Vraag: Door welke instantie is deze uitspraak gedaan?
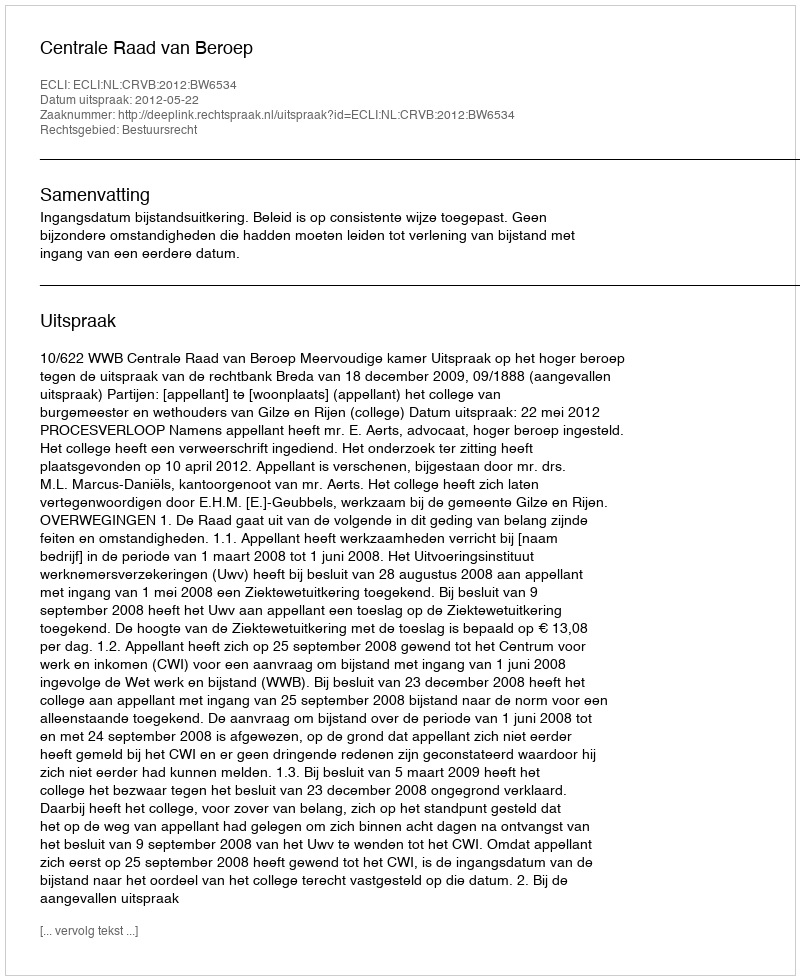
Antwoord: Centrale Raad van Beroep